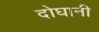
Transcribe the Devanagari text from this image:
दोघानी